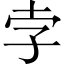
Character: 孛